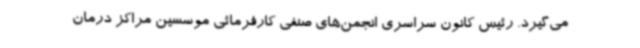
می‌گیرد. رئیس کانون سراسری انجمن‌های صنفی کارفرمائی موسسین مراکز درمان